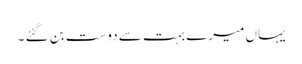
یہاں میرے بہت سے دوست بن گئے ۔